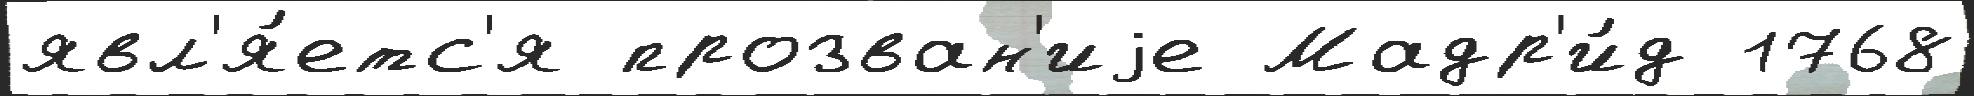
явл'я́етс'я прозван'иjе Мадр'и́д 1768